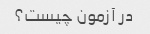
در آزمون چیست؟